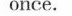
once.